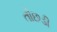
તોછડી